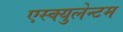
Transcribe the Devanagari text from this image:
एस्क्युलेन्टम